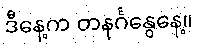
ဒီနေ့က တနင်္ဂနွေနေ့။